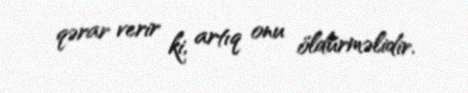
qərar verir ki, artıq onu öldürməlidir.